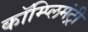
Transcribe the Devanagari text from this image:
कॉम्प्लिमंट्री